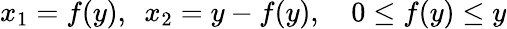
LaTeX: x_{1}=f(y),\ \ x_{2}=y-f(y),\quad 0\leq f(y)\leq y